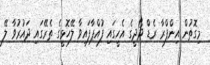
މިގޮތުން އިންފްރާ ރެޑް ދޯދީގެ އެހީގައި ފުއްޕާފައިވާ ލޭހޮޅީގެ ތެރޭގައި ދައުރުވާ ލޭ